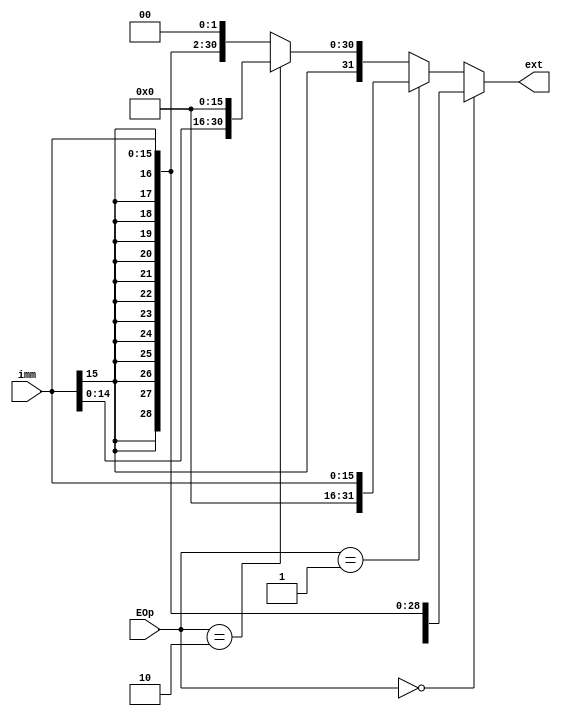
`timescale 1ns / 1ps
//////////////////////////////////////////////////////////////////////////////////
// Company: 
// Engineer: 
// 
// Design Name: 
// Module Name:    ext 
// Project Name: 
// Target Devices: 
// Tool versions: 
// Description: 
//
// Dependencies: 
//
// Revision: 
// Revision 0.01 - File Created
// Additional Comments: 
//
//////////////////////////////////////////////////////////////////////////////////
module ext(
    input [15:0] imm,
    input [1:0] EOp,
    output [31:0] ext
    );
assign ext = (EOp == 2'b00) ? {{16{imm[15]}},imm[15:0]} :
				(EOp == 2'b01) ? {{16{1'b0}},imm[15:0]} :
				(EOp == 2'b10) ? {imm[15:0],{16{1'b0}}} :
				{{16{imm[15]}},imm[15:0]} << 2;

endmodule